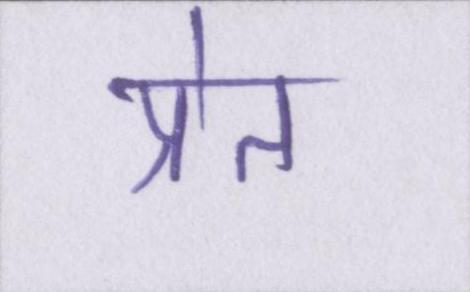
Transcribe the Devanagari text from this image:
प्रेत